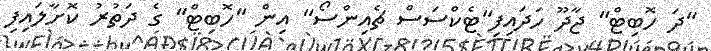
"ދަ ހޮބިޓް" ޖާދޫ ހަދައިފި"ޓެކްސަސް ޗެއިންސޯ" އިން "ހޮބިޓް" ގެ ދަތުރު ކޮށާލައިފި